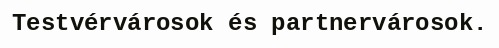
Testvérvárosok és partnervárosok.